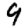
Digit: 9